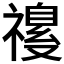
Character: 𫀡